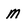
Character: M